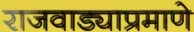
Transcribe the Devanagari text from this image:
राजवाड्याप्रमाणे